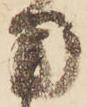
用